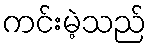
ကင်းမဲ့သည်